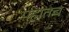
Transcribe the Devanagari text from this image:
पहातच